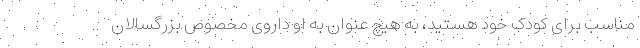
مناسب برای کودک خود هستید، به هیچ عنوان به او داروی مخصوص بزرگسالان